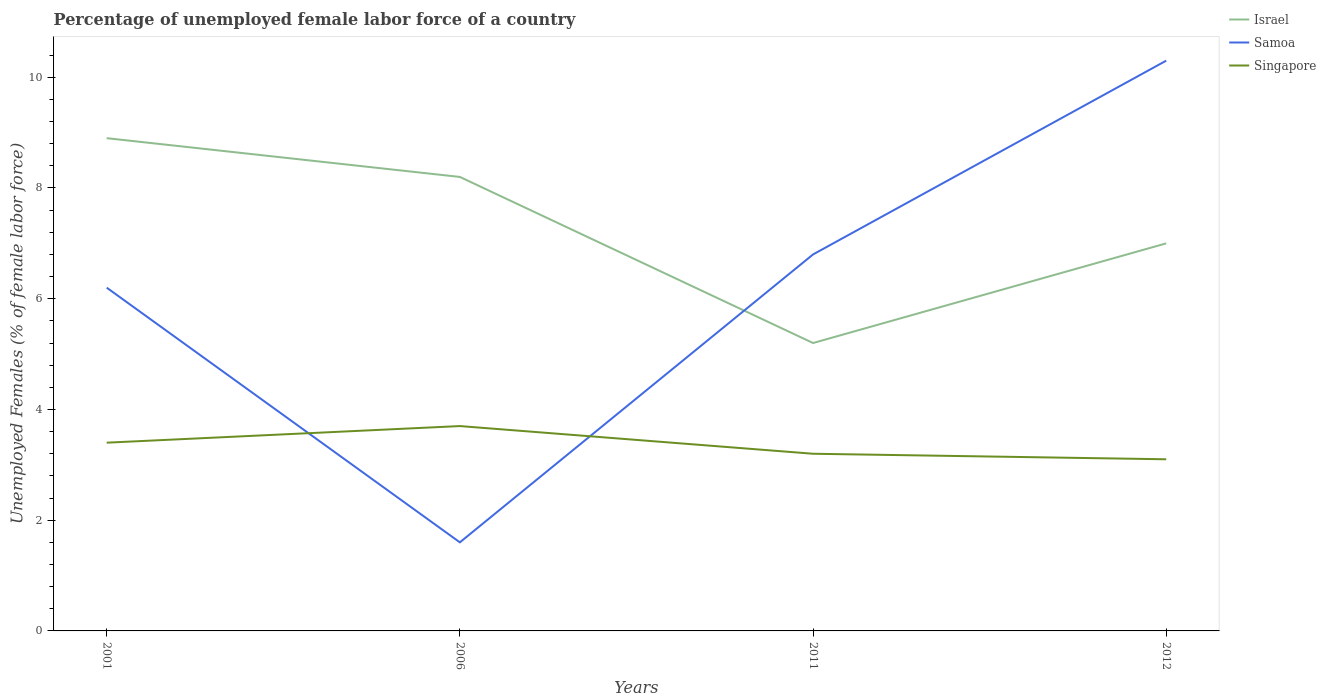
| Years | Israel | Samoa | Singapore |
 | --- | --- | --- | --- |
 | 2001 | 8.9 | 6.2 | 3.4 |
 | 2006 | 8.2 | 1.6 | 3.7 |
 | 2011 | 5.2 | 6.8 | 3.2 |
 | 2012 | 7 | 10.3 | 3.1 |